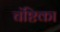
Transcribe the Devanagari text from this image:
चंष्टिका